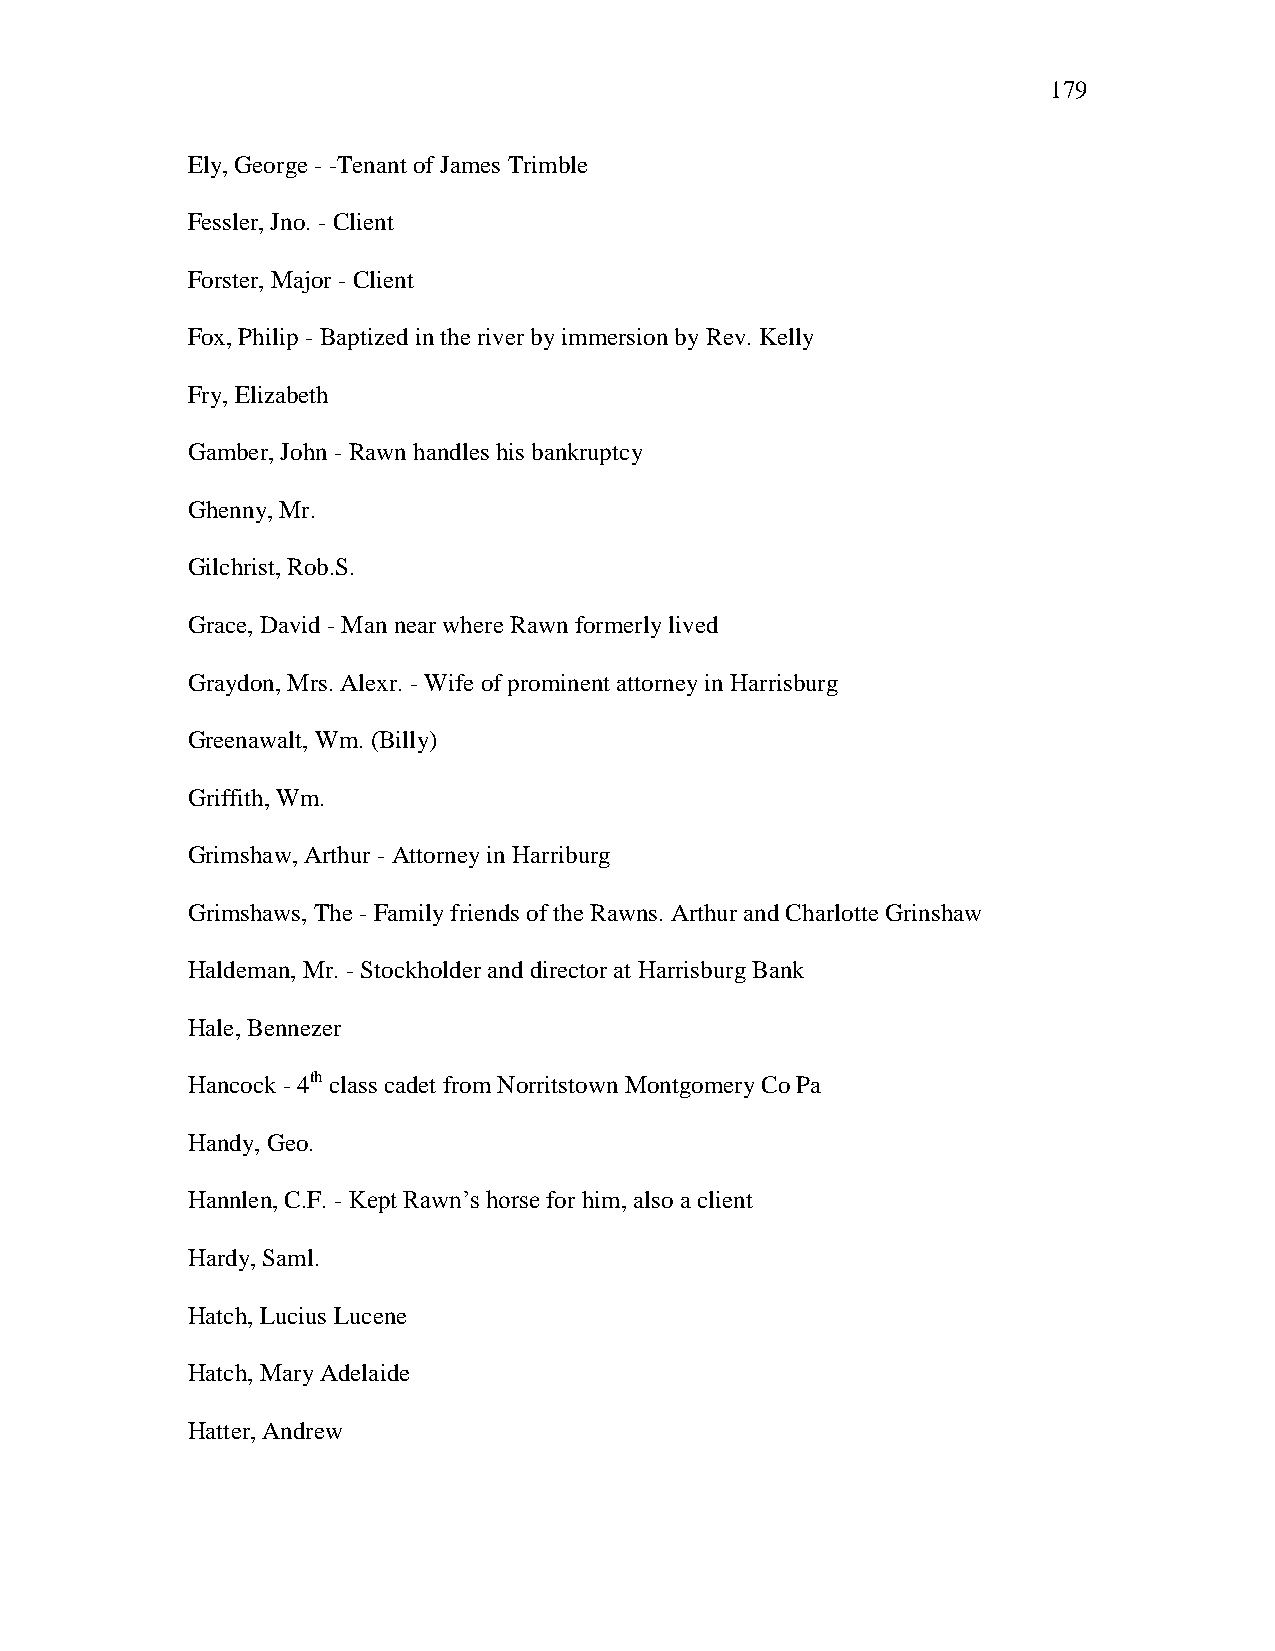
179
 Ely, George - -Tenant of James Trimble
 Fessler, Jno. - Client
 Forster, Major - Client
 Fox, Philip - Baptized in the river by immersion by Rev. Kelly
 Fry, Elizabeth
 Gamber, John - Rawn handles his bankruptcy
 Ghenny, Mr.
 Gilchrist, Rob.S.
 Grace, David - Man near where Rawn formerly lived
 Graydon, Mrs. Alexr. - Wife of prominent attorney in Harrisburg
 Greenawalt, Wm. (Billy)
 Griffith, Wm.
 Grimshaw, Arthur - Attorney in Harriburg
 Grimshaws, The - Family friends of the Rawns. Arthur and Charlotte Grinshaw
 Haldeman, Mr. - Stockholder and director at Harrisburg Bank
 Hale, Bennezer
 Hancock - 4th class cadet from Norritstown Montgomery Co Pa
 Handy, Geo.
 Hannlen, C.F. - Kept Rawn‘s horse for him, also a client
 Hardy, Saml.
 Hatch, Lucius Lucene
 Hatch, Mary Adelaide
 Hatter, Andrew